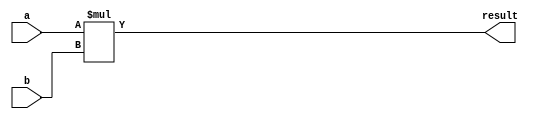
module multiplier (
    input [31:0] a, // input value a
    input [31:0] b, // input value b
    output reg [63:0] result // output result
);

always @(*) begin
    result = a * b; // Perform multiplication operation
end

endmodule